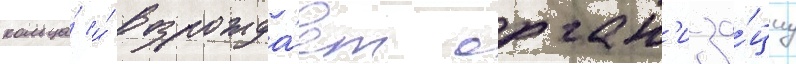
кольца́ и́ возрожда́ет орган'иза́циу